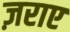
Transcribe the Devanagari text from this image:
ज़राए